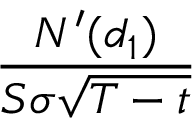
\frac { N ^ { \prime } ( d _ { 1 } ) } { S \sigma { \sqrt { T - t } } }